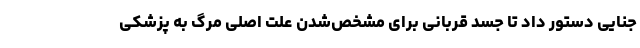
جنایی دستور داد تا جسد قربانی برای مشخص‌شدن علت اصلی مرگ به پزشکی